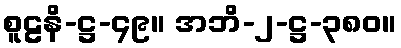
စူဠနိ-ဋ္ဌ-၄၉။ အဘိ-၂-ဋ္ဌ-၃၈၀။